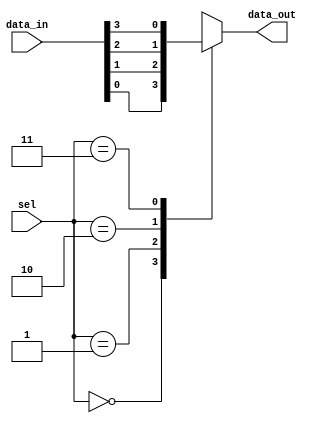
module mux4to1 (
    input wire [3:0] data_in, // 4 data inputs
    input wire [1:0] sel,     // 2-bit select input
    output reg data_out       // single output
);

always @* begin
    case (sel)
        2'b00: data_out = data_in[0];
        2'b01: data_out = data_in[1];
        2'b10: data_out = data_in[2];
        2'b11: data_out = data_in[3];
        default: data_out = 1'b0; // default case
    endcase
end

endmodule